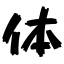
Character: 体